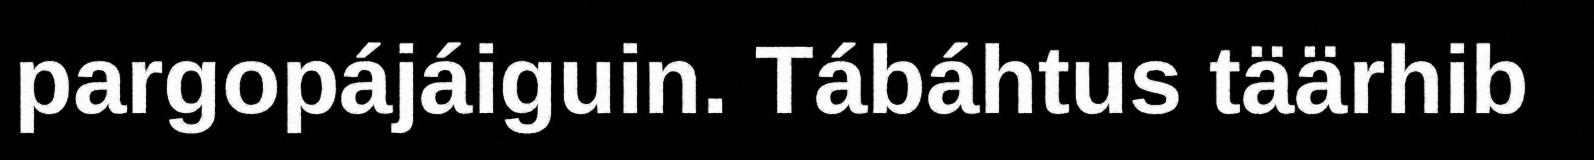
pargopájáiguin. Tábáhtus täärhib